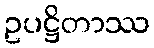
ဥပဋ္ဌိတာဿ